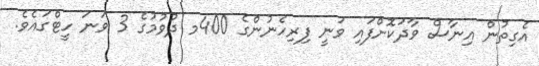
އެގިތުން އިނާސް ވާދަކޮށްފައި ވަނީ ފިރިހެނުންގެ 400މ ދުވުމުގެ 3 ވަނަ ހީޓްގައެވެ.